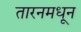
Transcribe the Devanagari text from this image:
तारनमधून